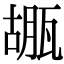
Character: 𤭱